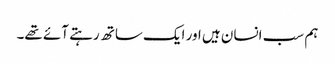
ہم سب انسان ہیں اور ایک ساتھ رہتے آئے تھے۔